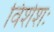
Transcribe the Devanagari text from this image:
विशेशः